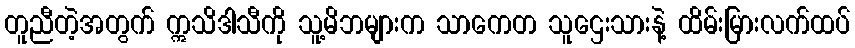
တူညီတဲ့အတွက် ဣသိဒါသီကို သူ့မိဘများက သာကေတ သူဌေးသားနဲ့ ထိမ်းမြားလက်ထပ်